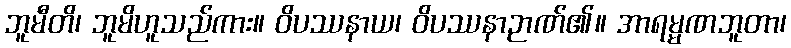
ဘူမီတိ၊ ဘူမိဟူသည်ကား။ ဝိပဿနာယ၊ ဝိပဿနာဉာဏ်၏။ အာရမ္မဏဘူတာ၊